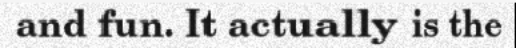
and fun. It actually is the